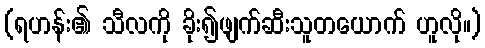
(ရဟန်း၏ သီလကို ခိုး၍ဖျက်ဆီးသူတယောက် ဟူလို။)